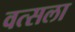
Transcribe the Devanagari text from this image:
वत्‍सला